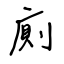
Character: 廁